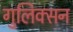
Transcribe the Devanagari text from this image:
गुलिक्सन